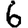
Digit: 6